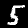
Label: 5